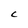
Character: C